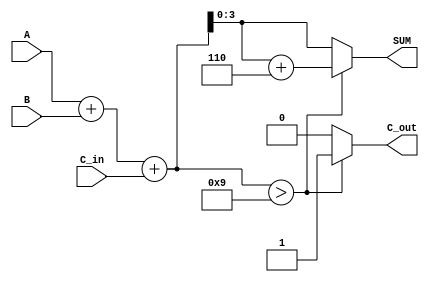
module bcd_adder (
    input [3:0] A,      // First BCD digit
    input [3:0] B,      // Second BCD digit
    input C_in,         // Carry input
    output reg [3:0] SUM, // BCD sum output
    output reg C_out     // Carry output
);

    // Intermediate signal to hold the binary sum
    wire [4:0] R; // 5-bit to hold the sum of A, B and C_in

    // Binary addition
    assign R = A + B + C_in;

    always @(*) begin
        // Initialize outputs
        SUM = 4'b0000;
        C_out = 1'b0;

        // Check if the result requires correction
        if (R > 9) begin
            // Correct the result by adding 6 (0110 in binary)
            SUM = R + 5'd6; // 5'd6 is the decimal representation of 6
            C_out = 1'b1; // Set carry out
        end else begin
            SUM = R[3:0]; // Assign the lower 4 bits as the result
        end
    end

endmodule